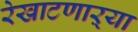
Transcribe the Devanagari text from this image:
रेखाटणाऱ्या